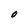
Character: O